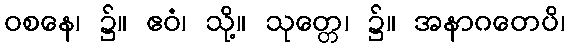
ဝစနေ၊ ၌။ ဧဝံ၊ သို့။ သုတ္တေ၊ ၌။ အနာဂတေပိ၊